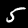
Label: 5